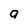
Character: a